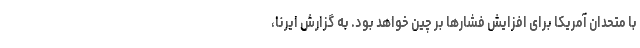
با متحدان آمریکا برای افزایش فشارها بر چین خواهد بود. به گزارش ایرنا،